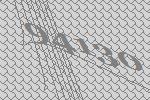
94130